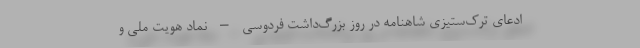
ادعای ترک‌ستیزی شاهنامه در روز بزرگ‌داشت فردوسی – نماد هویت ملی و